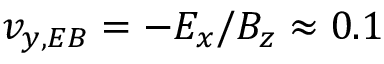
v _ { y , E B } = - E _ { x } / B _ { z } \approx 0 . 1